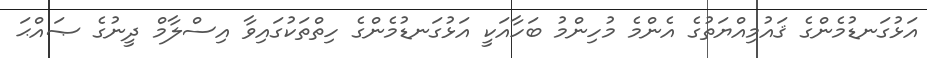
އަޅުގަނޑުމެންގެ ޤައުމިއްޔަތުގެ އެންމެ މުހިންމު ބަހާއަކީ އަޅުގަނޑުމެންގެ ހިތްތަކުގައިވާ އިސްލާމް ދީނުގެ ޞައްޙަ